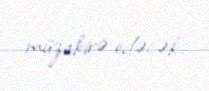
müzakirə edəcək.